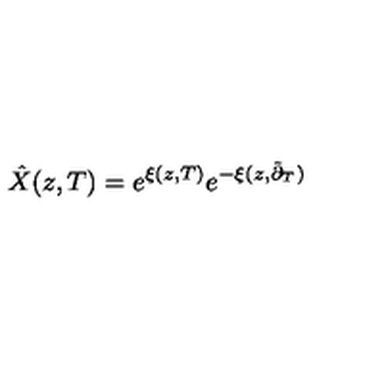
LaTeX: \hat { X } ( z , T ) = e ^ { \xi ( z , T ) } e ^ { - \xi ( z , \tilde { \partial } _ { T } ) }